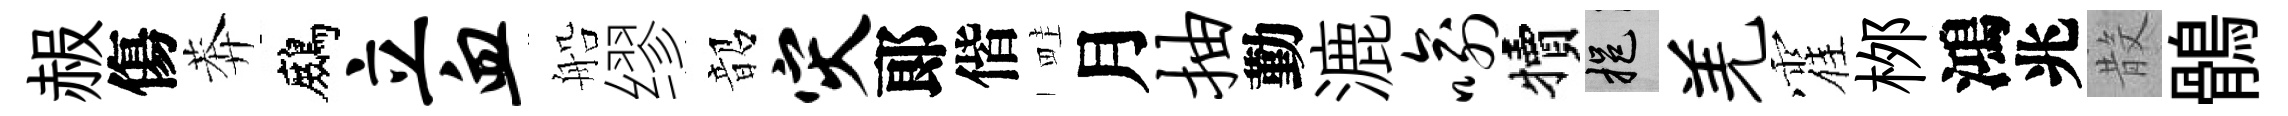
赧傷莾鷓立血船缪韶灾郞偕畦月抽勤漉喻犢挹羌霍桞鴻兆𣪚鶻